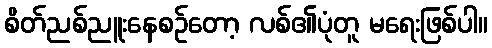
စိတ်ညစ်ညူးနေစဉ်တော့ လစ်၏ပုံတူ မရေးဖြစ်ပါ။